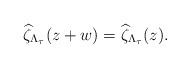
LaTeX: \begin{align*}\widehat\zeta_{\Lambda_{\tau}}(z+w)=\widehat\zeta_{\Lambda_\tau}(z).\end{align*}